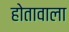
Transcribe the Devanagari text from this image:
होतावाला